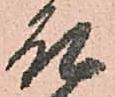
殿